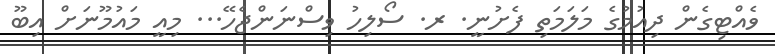
ވެއްޓިގެން ދިއުމުގެ މަލަމަތި ފެށުނީ. ރ. ސޯލިހު ވިސްނަންޖެހޭ... މިއީ މައުމޫނަށް އިބޫ